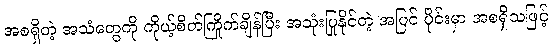
အစရှိတဲ့ အသံတွေကို ကိုယ့်စိတ်ကြိုက်ချိန်ပြီး အသုံးပြုနိုင်တဲ့ အပြင် ပိုင်းမှာ အစရှိသဖြင့်